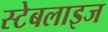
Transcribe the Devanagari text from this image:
स्टेबलाइज